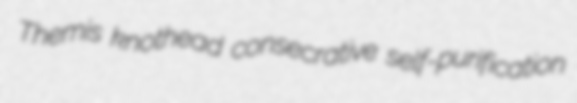
Themis knothead consecrative self-purification